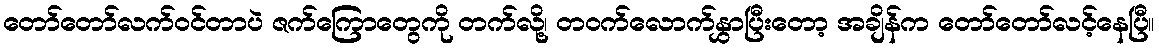
တော်တော်လက်ဝင်တာပဲ ဇက်ကြောတွေကို တက်လို့၊ တဝက်လောက်နွှာပြီးတော့ အချိန်က တော်တော်လင့်နေပြီ။